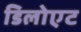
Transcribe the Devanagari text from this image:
डिलोएट